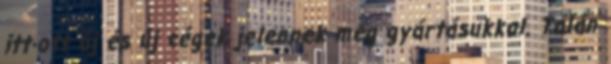
itt-ott új és új cégek jelennek meg gyártásukkal. Talán